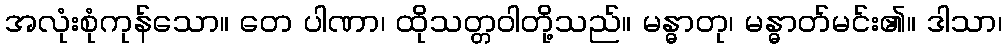
အလုံးစုံကုန်သော။ တေ ပါဏာ၊ ထိုသတ္တဝါတို့သည်။ မန္ဓာတု၊ မန္ဓာတ်မင်း၏။ ဒါသာ၊